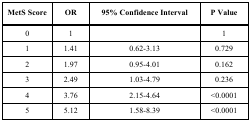
| MetS Score | OR | 95% Confidence Interval | P Value |
 | --- | --- | --- | --- |
 | 0 | 1 |  | 1 |
 | 1 | 1.41 | 0.62-3.13 | 0.729 |
 | 2 | 1.97 | 0.95-4.01 | 0.162 |
 | 3 | 2.49 | 1.03-4.79 | 0.236 |
 | 4 | 3.76 | 2.15-4.64 | <0.0001 |
 | 5 | 5.12 | 1.58-8.39 | <0.0001 |